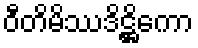
ဝီတိမိဿဒိဋ္ဌိကော